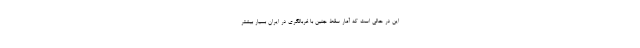
این در حالی است که آمار سقط جنین با غربالگری در ایران بسیار بیشتر